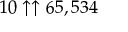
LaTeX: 1 0 \uparrow \uparrow 6 5 , 5 3 4